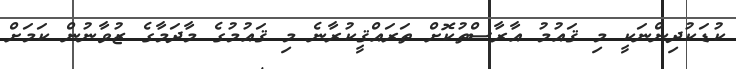
ކުޑަކުދިންނަކީ މި ޤައުމު އާރާސްތުކޮށް ތަރައްޤީކުރާނެ މި ޤައުމުގެ މާދަމާގެ ޒުވާނުން ކަމަށް